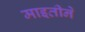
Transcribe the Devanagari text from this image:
माइतीने